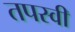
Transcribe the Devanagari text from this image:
तपस्‍वी